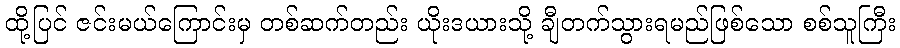
ထို့ပြင် ဇင်းမယ်ကြောင်းမှ တစ်ဆက်တည်း ယိုးဒယားသို့ ချီတက်သွားရမည်ဖြစ်သော စစ်သူကြီး